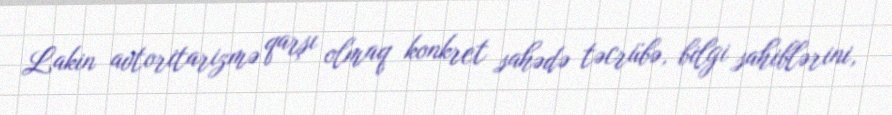
Lakin avtoritarizmə qarşı olmaq konkret sahədə təcrübə, bilgi sahiblərini,